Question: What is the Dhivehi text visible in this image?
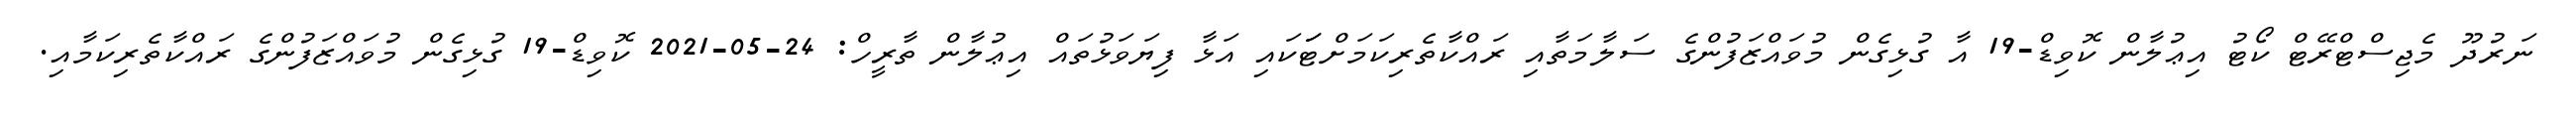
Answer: ނަރުދޫ މެޖިސްޓްރޭޓް ކޯޓު އިޢުލާން ކޮވިޑް-19 އާ ގުޅިގެން މުވައްޒަފުންގެ ސަލާމަތާއި ރައްކާތެރިކަމަށްޓަަކައި އަޅާ ފިޔަވަޅުތައް އިޢުލާން ތާރީހް: 24-05-2021 ކޮވިޑް-19 ގުޅިގެން މުވައްޒަފުންގެ ރައްކާތެރިކަމާއި.